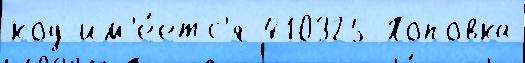
код им'е́етс'я 410325 Поповка